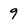
Character: 9